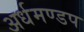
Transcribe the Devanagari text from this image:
अर्धमण्डप